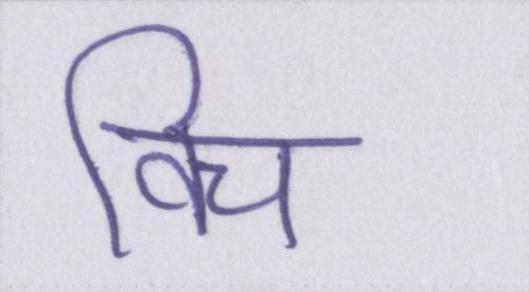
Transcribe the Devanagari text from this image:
विच